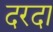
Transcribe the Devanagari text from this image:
दरदा